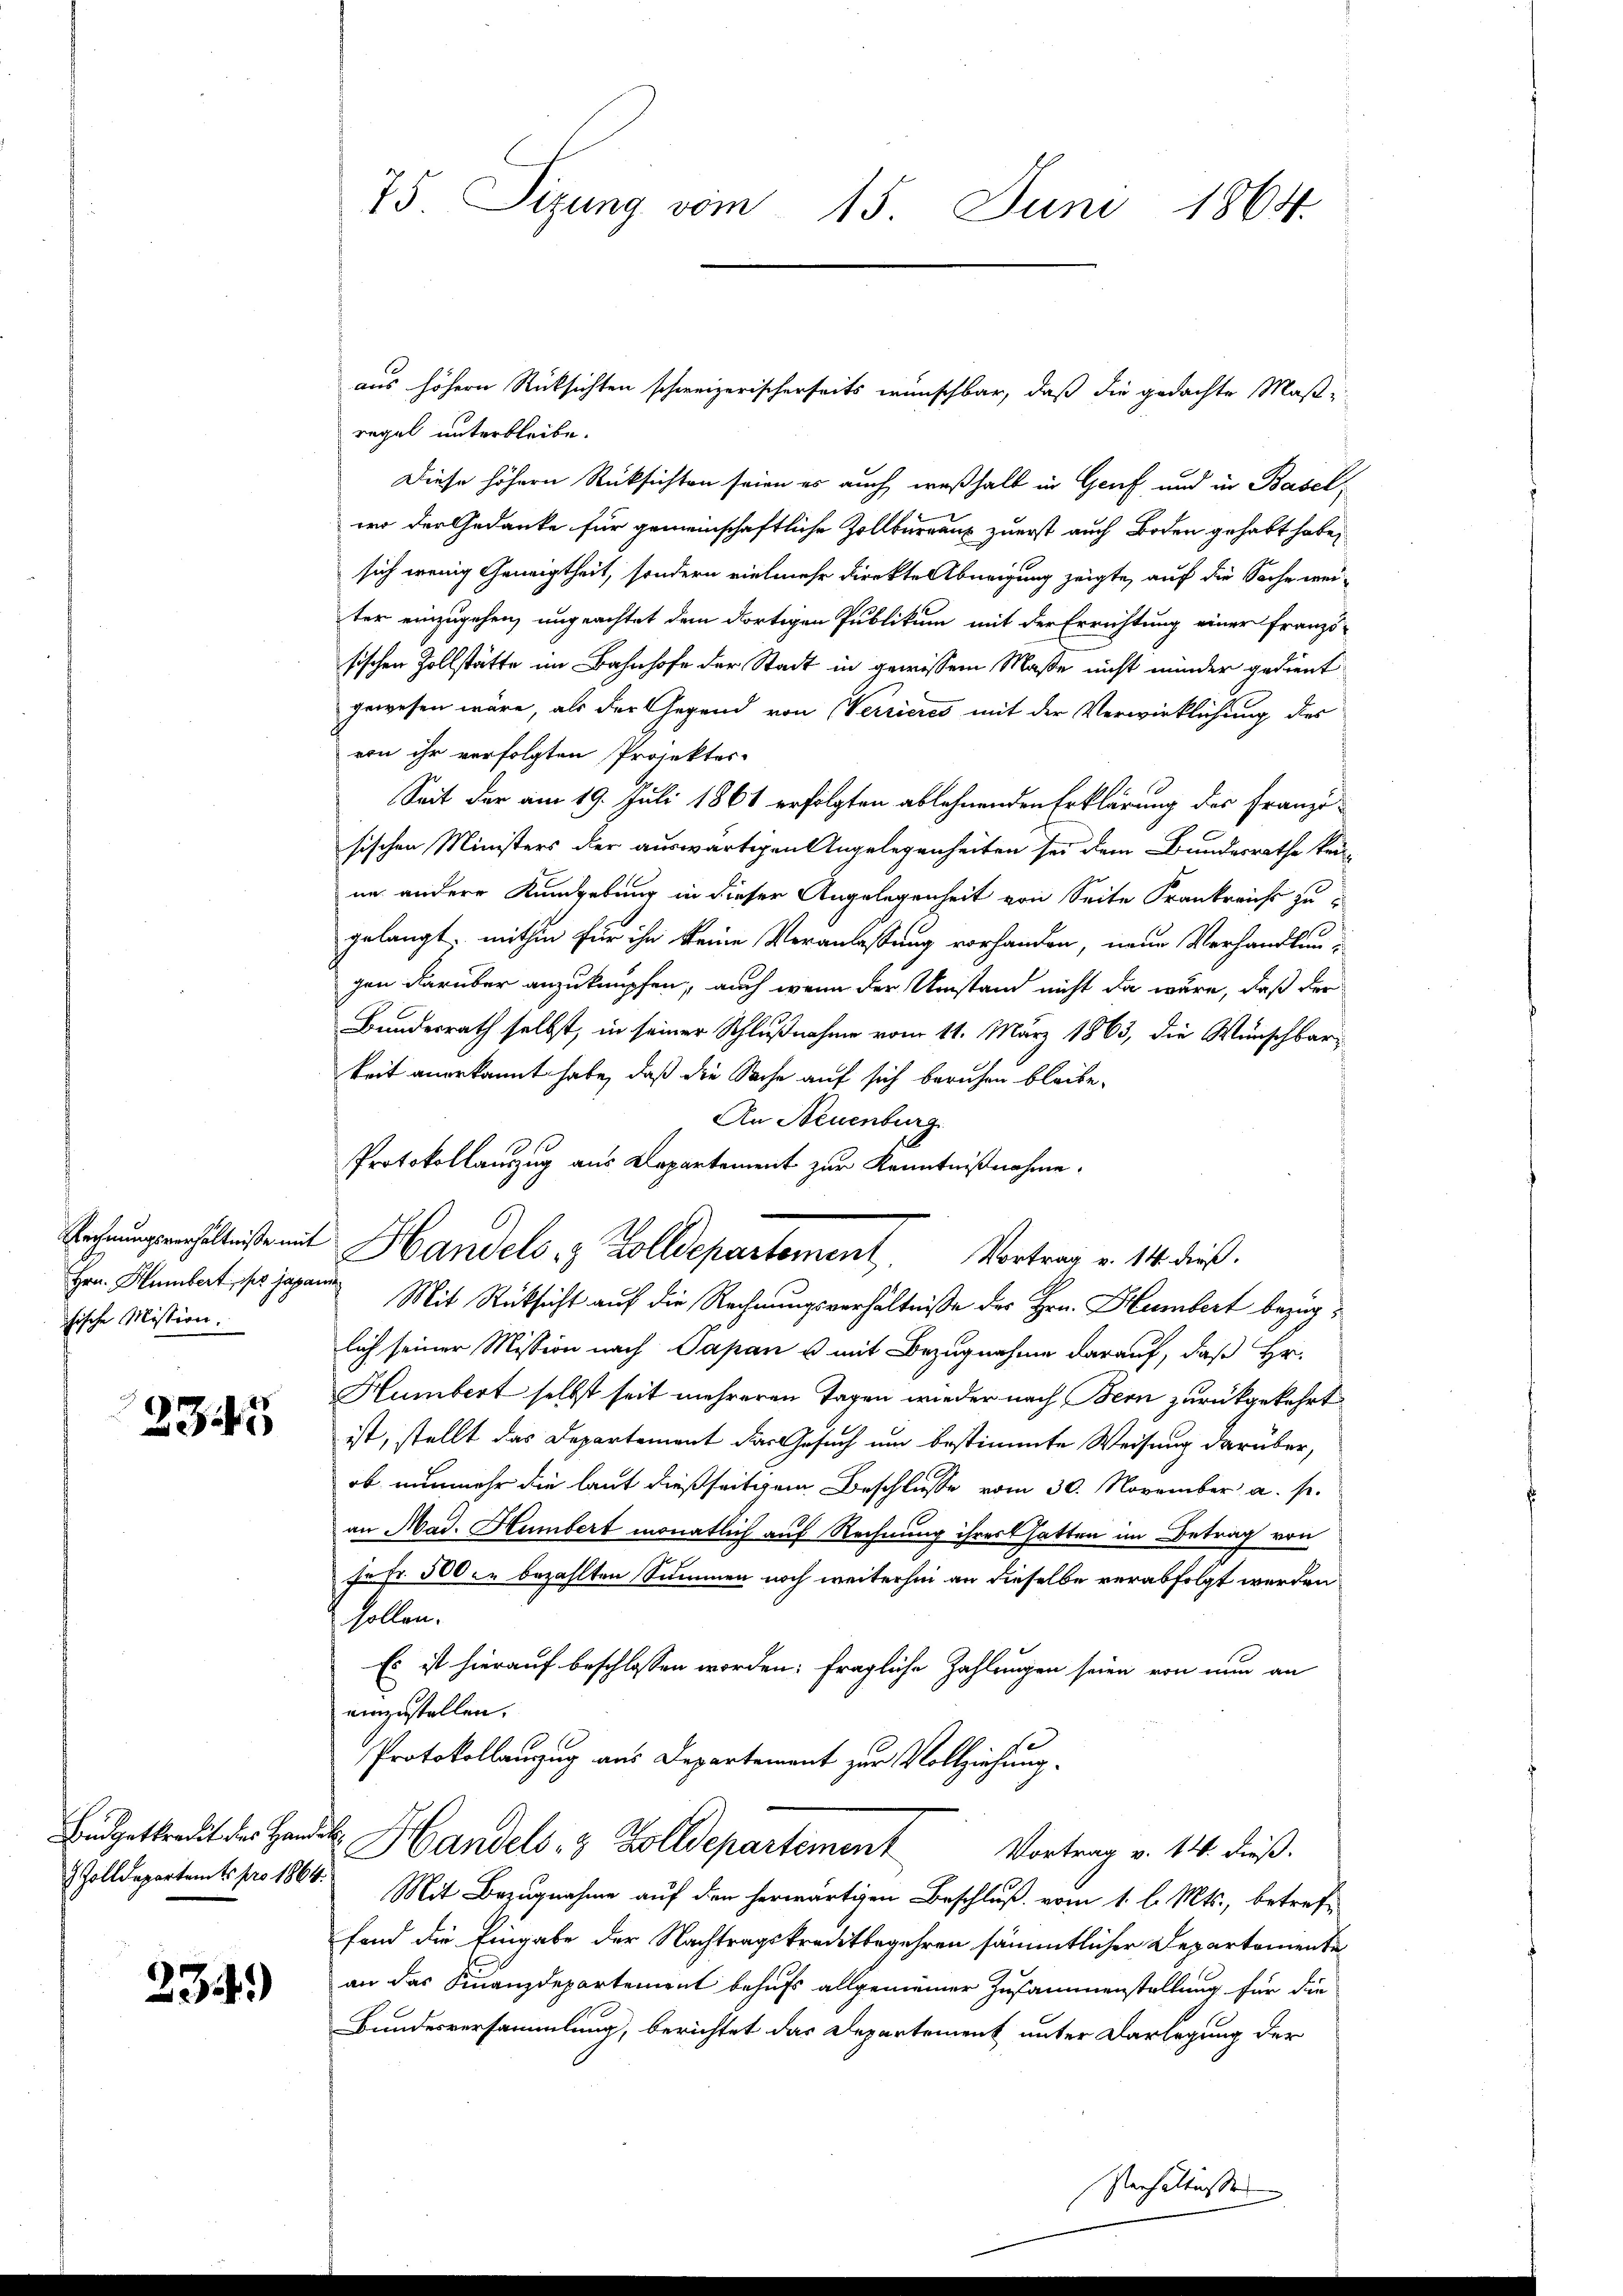
chische Mission.

235

234.

75 Sizung vom 15. Juni 1864.

aus höhern Rücksichten schweizerischerseits wünschbar, daß die gedachte Maß-
regel unterbleibe.
Diese höhern Rücksichten seien es auch weßhalb in Genf und in Baselwo der Gedanke für gemeinschaftliche Zollbüreau zuerst auch Boden gehabt habe,
sich wenig Geneigtheit, sondern vielmehr direkte Abneigung zeigte, auf die Sache weiter einzugehen, ungeachtet dem dortigen Publikum mit der Errichtung einer Franzö-
sischen Zollstätte im Bahnhofe der Stadt in gewissem Maße nicht minder gedient
gewesen wäre, als der Gegend von (Verrieres mit der Verwirklichung des
eon ihr verfolgten Projektes
Seit der am 19. Juli 1861 erfolgten ablehnenden Erklärung der Franzi-
sischen Ministers der auswärtigen Angelegenheiten sei dem Bundesrathe kei-
ne andere Kundgebung in dieser Angelegenheit von Seite Frankreichs zu
gelangt, mithin für ihn keine Veranlassung vorhanden, neue Verhandlungen darüber anzuknüpfen, auch wenn der Umstand nicht da wäre, daß der
Bundesrath selbst, in seiner Schlußnahme vom 11. März 1863, die Wünschbarkeit anerkannt habe, daß die Sache auf sich beruhen bleibe.
An Neuenburg
Protokollauszug aus Departement zur Kenntnißnahme.
Hrn. Hambert, so japan Mit Rücksicht auf die Rechnungsverhältniße des Hrn. Hambert bezüglich seiner Mission nach Papan u mit Bezugnahme darauf, daß Hr.
Humbert selbst seit mehreren Tagen wieder nach Bern zurückgekehrt
ist, stellt das Departement das Gesuch um bestimmte Weisung darüber,
ob nunmehr die laut dießseitigem Beschlusse vom 30. November a. s.
an Mad. Humbert monatlich auf Rechnung ihrer hatten im Betrag von
n
se Fr. 500 zu bezahlten Summen noch weiterhin an dieselbe verabfolgt werden
sollen.
Es ist hierauf beschlossen worden; fragliche Zahlungen seien von nun an
einzustellen.
Protokollanzug aus Departement zur Vollziehung.
Budgetkredit des Handel. Handels- & Zolldepartement
Vortrag v. 14. dieß.
Zolldepartamts pro 1864. Mit Bezugnahme auf den herwärtigen Beschluß vom 1. l. Mts., betreffond die Eingabe der Nachtragskreditbegehren sämmtlicher Departemente
an das Finanzdepartement behufs allgemeiner Zusammenstellung für die
Bundesversammlung, berichtet das Departement unter Darlegung der

hgeleiste mit Handels & Zolldepartement. Vortrag v. 14. dieß.

Verhältnissen |